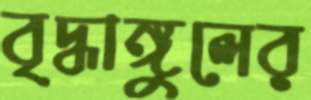
বৃদ্ধাঙ্গুলের